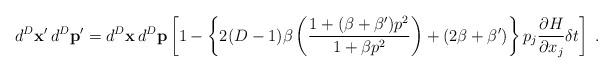
LaTeX: \begin{align*}d^D\mathbf{x}'\,d^D\mathbf{p}'= d^D\mathbf{x}\,d^D\mathbf{p} \left[ 1 - \left\{ 2(D-1)\beta\left( \frac{ 1 + (\beta+\beta') p^2 } { 1 + \beta p^2 } \right) + (2\beta + \beta') \right\} p_j\frac{\partial H}{\partial x_j}\delta t \right] \;.\end{align*}